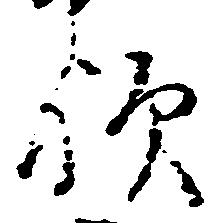
歟